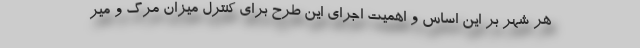
هر شهر بر این اساس و اهمیت اجرای این طرح برای کنترل میزان مرگ و میر